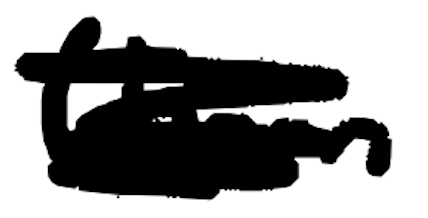
Text: (born
Cross-out: scratch
Writing tool: digital_black